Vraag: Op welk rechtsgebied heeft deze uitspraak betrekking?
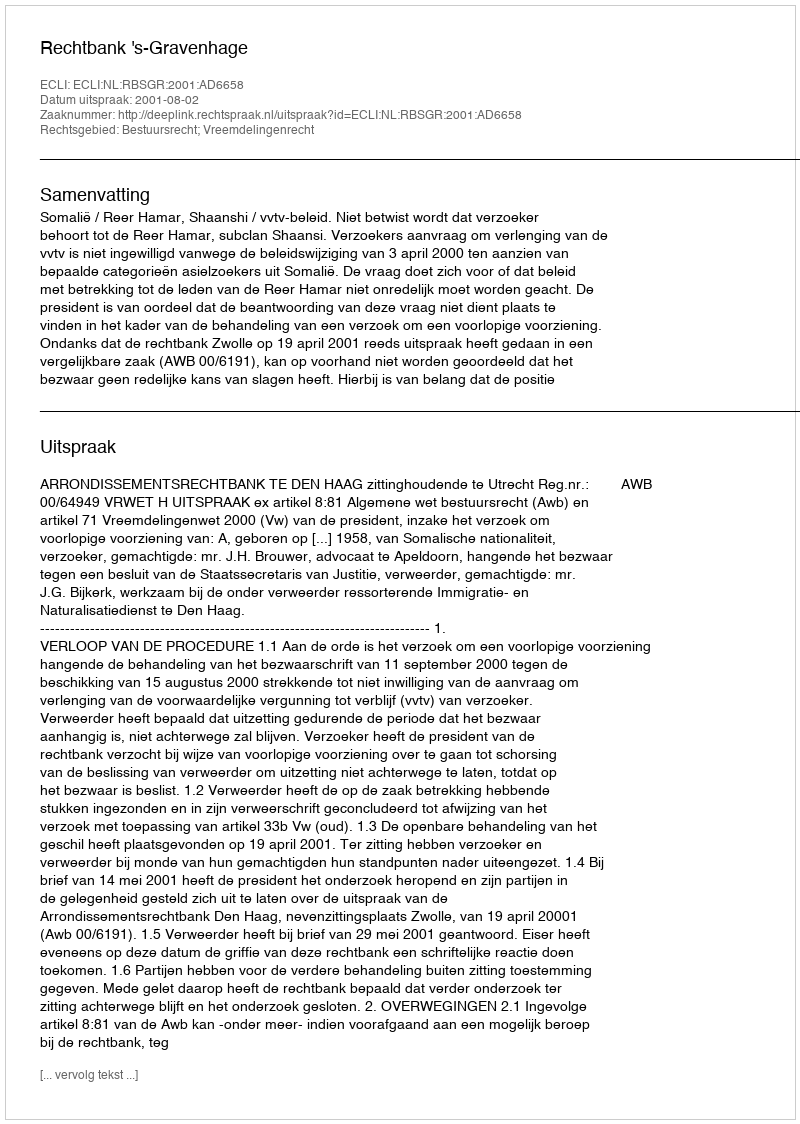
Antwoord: Bestuursrecht; Vreemdelingenrecht